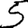
Digit: 5